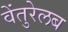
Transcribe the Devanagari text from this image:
वेंतुरेलब